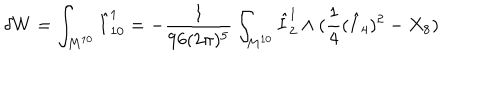
\delta W = \int _ { M ^ { 1 0 } } \hat { I } _ { 1 0 } ^ { 1 } = - \frac { 1 } { 9 6 ( 2 \pi ) ^ { 5 } } \int _ { M ^ { 1 0 } } \hat { I } _ { 2 } ^ { 1 } \wedge ( \frac { 1 } { 4 } ( \hat { I } _ { 4 } ) ^ { 2 } - X _ { 8 } )